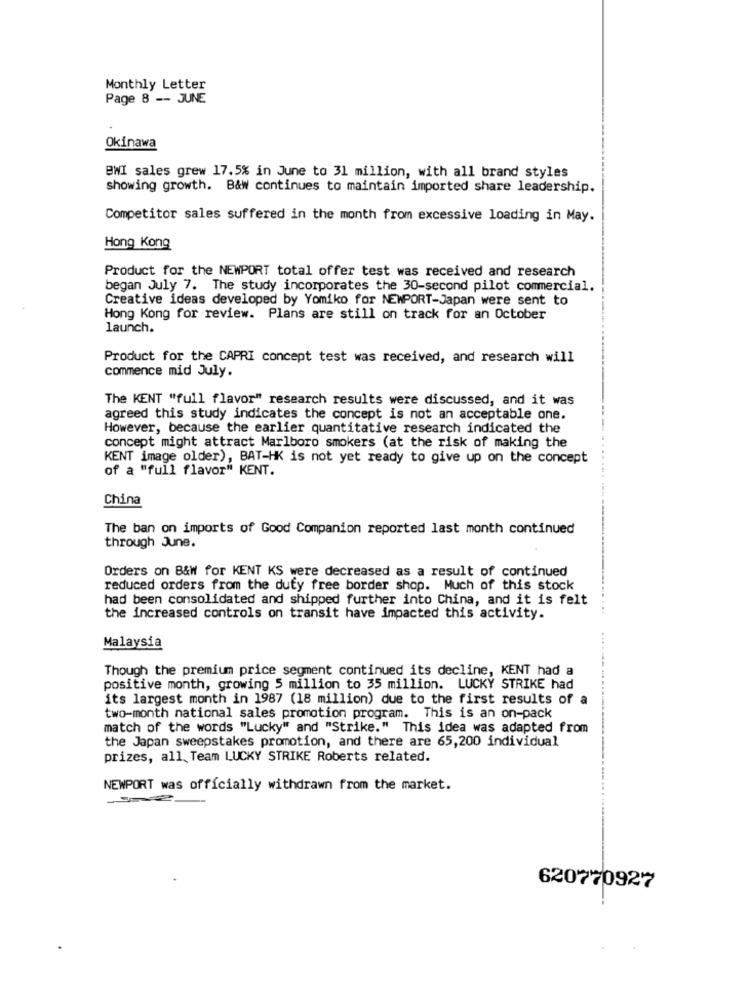
Monthly Letter
Page 8 -- JUNE
Okinawa
BWI sales grew 17.5% in June to 31 million, with all brand styles
showing growth. B&w continues to maintain imported share leadership.
Competitor sales suffered in the month from excessive loading in May.
Hong Kong
Product for the NEWPORT total offer test was received and research
began July 7. The study incorporates the 30-second pilot commercial.
Creative ideas developed by Yomiko for NEWPORT-Japan were sent to
Hong Kong for review. Plans are still on track for an October
launch.
Product for the CAPRI concept test was received, and research will
commence mid July.
The KENT "full flavor" research results were discussed, and it was
agreed this study indicates the concept is not an acceptable one.
However, because the earlier quantitative research indicated the
concept might attract Marlboro smokers (at the risk of making the
KENT image older), BAT-HK is not yet ready to give up on the concept
of a "full flavor" KENT.
China
The ban on imports of Good Companion reported last month continued
through June.
Orders on B&W for KENT KS were decreased as a result of continued
reduced orders from the duty free border shop. Much of this stock
had been consolidated and shipped further into China, and it is felt
the increased controls on transit have impacted this activity.
Malaysia
Though the premium price segment continued its decline, KENT had a
positive month, growing 5 million to 35 million. LUCKY STRIKE had
its largest month in 1987 (18 million) due to the first results of a
two-month national sales promotion program. This is an on-pack
match of the words "Lucky" and "Strike." This idea was adapted from
the Japan sweepstakes promotion, and there are 65,200 individual
prizes, all. Team LUCKY STRIKE Roberts related.
NEWPORT was officially withdrawn from the market.
620770927